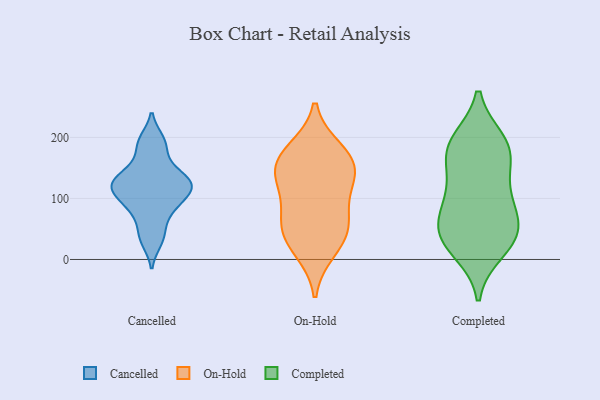
{"axis": {"x": "Customer Acquisition Cost (USD)", "y": "Value"}, "legend": ["Cancelled", "Completed", "On-Hold"], "data": [{"x": "", "y": 85, "type": "Cancelled"}, {"x": "", "y": 113, "type": "Cancelled"}, {"x": "", "y": 100, "type": "Cancelled"}, {"x": "", "y": 129, "type": "Cancelled"}, {"x": "", "y": 133, "type": "Cancelled"}, {"x": "", "y": 45, "type": "Cancelled"}, {"x": "", "y": 131, "type": "Cancelled"}, {"x": "", "y": 80, "type": "Cancelled"}, {"x": "", "y": 122, "type": "Cancelled"}, {"x": "", "y": 30, "type": "Cancelled"}, {"x": "", "y": 116, "type": "Cancelled"}, {"x": "", "y": 195, "type": "Cancelled"}, {"x": "", "y": 159, "type": "Cancelled"}, {"x": "", "y": 189, "type": "Cancelled"}, {"x": "", "y": 16, "type": "On-Hold"}, {"x": "", "y": 178, "type": "On-Hold"}, {"x": "", "y": 99, "type": "On-Hold"}, {"x": "", "y": 40, "type": "On-Hold"}, {"x": "", "y": 161, "type": "On-Hold"}, {"x": "", "y": 135, "type": "On-Hold"}, {"x": "", "y": 161, "type": "On-Hold"}, {"x": "", "y": 58, "type": "On-Hold"}, {"x": "", "y": 56, "type": "On-Hold"}, {"x": "", "y": 138, "type": "On-Hold"}, {"x": "", "y": 15, "type": "Completed"}, {"x": "", "y": 193, "type": "Completed"}, {"x": "", "y": 109, "type": "Completed"}, {"x": "", "y": 34, "type": "Completed"}, {"x": "", "y": 89, "type": "Completed"}, {"x": "", "y": 64, "type": "Completed"}, {"x": "", "y": 49, "type": "Completed"}, {"x": "", "y": 162, "type": "Completed"}, {"x": "", "y": 183, "type": "Completed"}, {"x": "", "y": 172, "type": "Completed"}, {"x": "", "y": 39, "type": "Completed"}, {"x": "", "y": 190, "type": "Completed"}, {"x": "", "y": 109, "type": "Completed"}, {"x": "", "y": 36, "type": "Completed"}]}